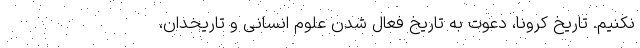
نکنیم. تاریخ کرونا، دعوت به تاریخ فعال شدن علوم انسانی و تاریخدان،